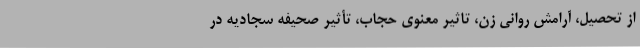
از تحصیل، آرامش روانی زن، تاثیر معنوی حجاب، تأثیر صحیفه سجادیه در